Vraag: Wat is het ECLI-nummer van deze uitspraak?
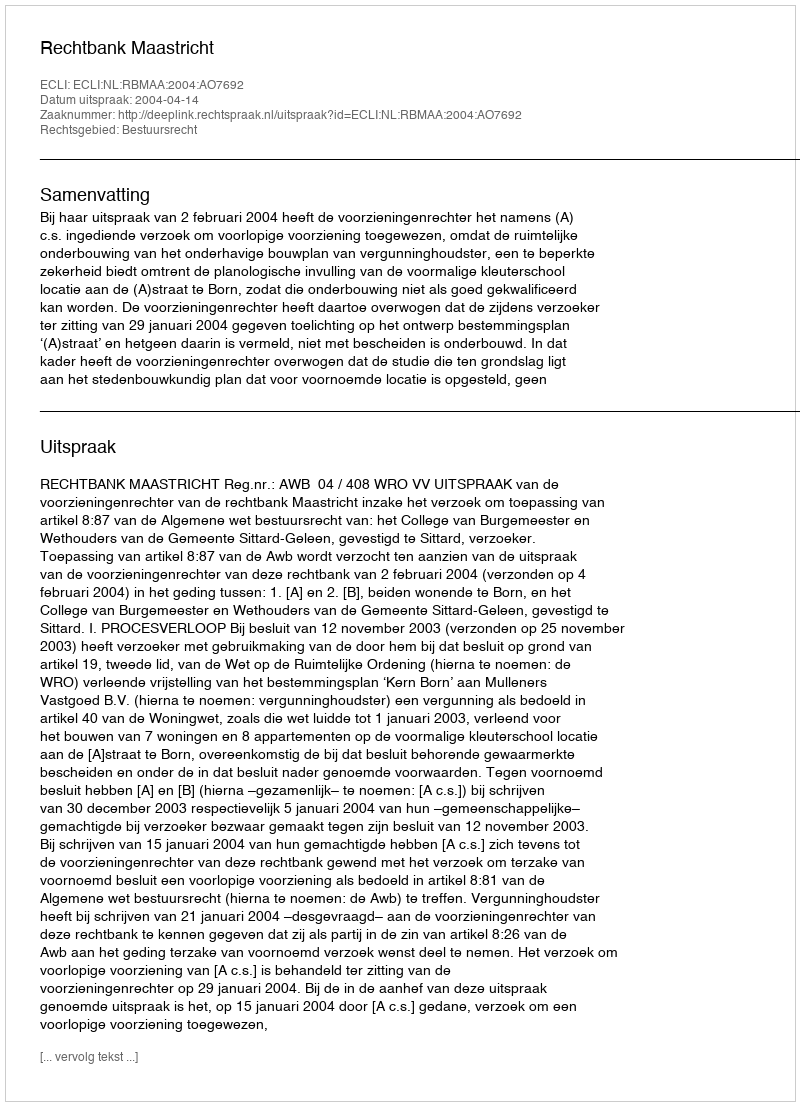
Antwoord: ECLI:NL:RBMAA:2004:AO7692